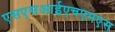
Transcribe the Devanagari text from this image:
एसएसआईएचएमएस